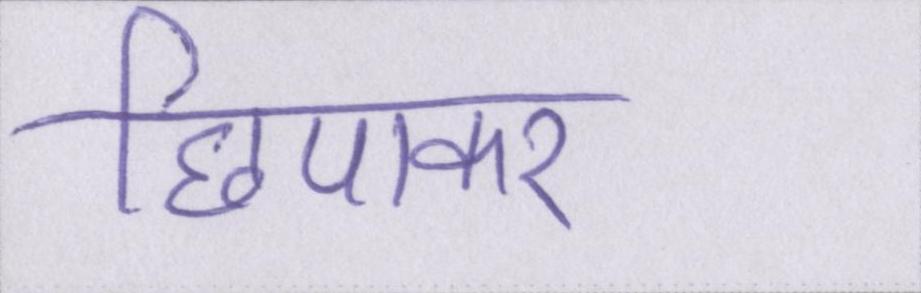
छिपाकर